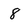
Character: 8